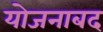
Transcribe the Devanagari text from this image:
योजनाबद